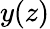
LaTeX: y(z)